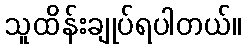
သူထိန်းချုပ်ရပါတယ်။